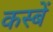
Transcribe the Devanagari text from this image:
कस्‍बें